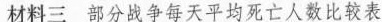
材料三 部分战争每天平均死亡人数比较表